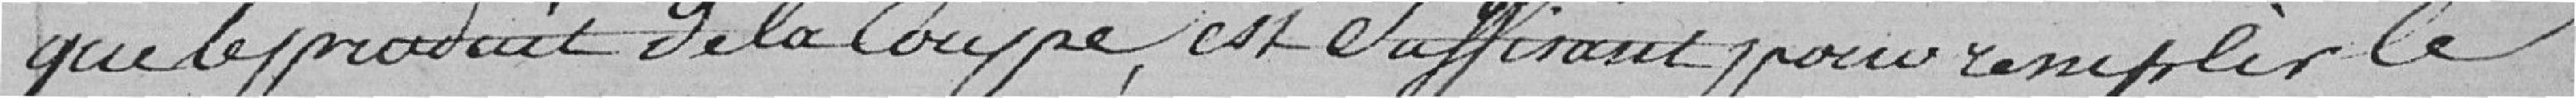
que le produit de la coupe, est suffisant pour remplir le